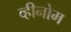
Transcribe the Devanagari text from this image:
व्हीनोम